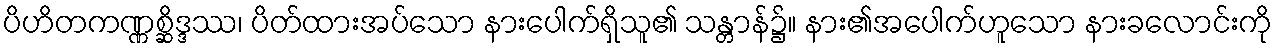
ပိဟိတကဏ္ဏစ္ဆိဒ္ဒဿ၊ ပိတ်ထားအပ်သော နားပေါက်ရှိသူ၏ သန္တာန်၌။ နား၏အပေါက်ဟူသော နားခလောင်းကို